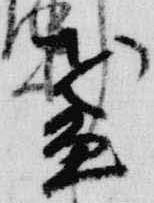
盞